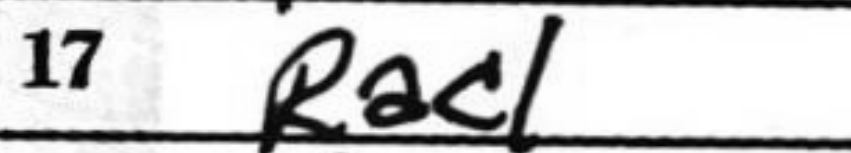
Transcription: Rac1